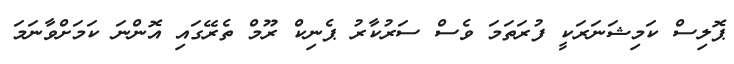
ޕޮލިސް ކަމިޝަނަރަކީ ފުރަތަމަ ވެސް ސަރުކާރު ޕެނިކް ރޫމް ތެރޭގައި އޮންނަ ކަމަށްވާނަމަ